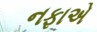
નફાએ